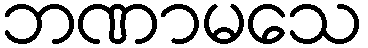
ဘဏာမသေ